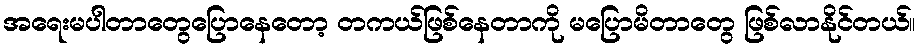
အရေးမပါတာတွေပြောနေတော့ တကယ်ဖြစ်နေတာကို မပြောမိတာတွေ ဖြစ်လာနိုင်တယ်။